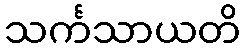
သင်္ကသာယတိ